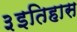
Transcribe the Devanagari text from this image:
३इतिहास